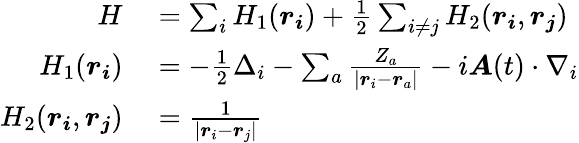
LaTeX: \begin{array}{rl}{H}&{{}=\sum_{i}H_{1}(\boldsymbol{r_{i}})+\frac{1}{2}\sum_{i\neq j}H_{2}(\boldsymbol{r_{i}},\boldsymbol{r_{j}})}\\ {H_{1}(\boldsymbol{r_{i}})}&{{}=-\frac{1}{2}\Delta_{i}-\sum_{a}\frac{Z_{a}}{|\boldsymbol{r}_{i}-\boldsymbol{r}_{a}|}-i\boldsymbol{A}(t)\cdot\nabla_{i}}\\ {H_{2}(\boldsymbol{r_{i}},\boldsymbol{r_{j}})}&{{}=\frac{1}{|\boldsymbol{r}_{i}-\boldsymbol{r}_{j}|}}\end{array}